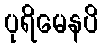
ပုရိမေနပိ